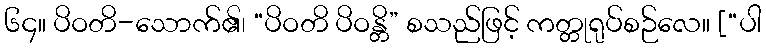
၆၄။ ပိဝတိ-သောက်၏၊ “ပိဝတိ ပိဝန္တိ” စသည်ဖြင့် ကတ္တုရုပ်စဉ်လေ။ [“ပါ